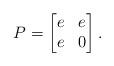
LaTeX: \begin{align*}P=\begin{bmatrix}e & e\\e & 0\end{bmatrix}.\end{align*}